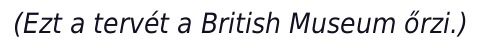
(Ezt a tervét a British Museum őrzi.)